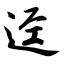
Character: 迳